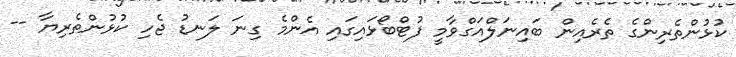
ކުޅުންތެރިންގެ ތެރެއިން ބައިނަލްއަގްވާމީ ފުޓްބޯޅައިގައި އެންމެ ގިނަ ލަނޑު ޖެހި ކުޅުންތެރިޔާ --